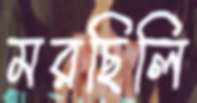
মরছিলি